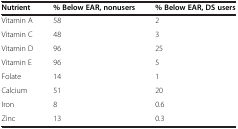
<table><thead><tr><td><b>Nutrient</b></td><td><b>% Below EAR, nonusers</b></td><td><b>% Below EAR, DS users</b></td></tr></thead><tbody><tr><td>Vitamin A</td><td>58</td><td>2</td></tr><tr><td>Vitamin C</td><td>48</td><td>3</td></tr><tr><td>Vitamin D</td><td>96</td><td>25</td></tr><tr><td>Vitamin E</td><td>96</td><td>5</td></tr><tr><td>Folate</td><td>14</td><td>1</td></tr><tr><td>Calcium</td><td>51</td><td>20</td></tr><tr><td>Iron</td><td>8</td><td>0.6</td></tr><tr><td>Zinc</td><td>13</td><td>0.3</td></tr></tbody></table>